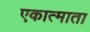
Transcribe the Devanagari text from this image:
एकात्माता